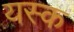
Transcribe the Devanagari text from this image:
यस्क